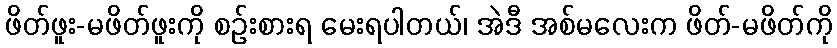
ဖိတ်ဖူး-မဖိတ်ဖူးကို စဉ်းစားရ မေးရပါတယ်၊ အဲဒီ အစ်မလေးက ဖိတ်-မဖိတ်ကို